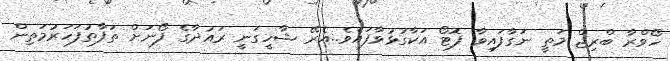
ހޯވްރާ ބްރިޖް މަތީ ނަގާފައިވާ ފޮޓޯ އަކާގުޅުވާފައެވެ..އެރޭ ޝާހީގަނީ ރައުދާގެ ފޯނަށް ތަފާތުފަހަރުމަތިން